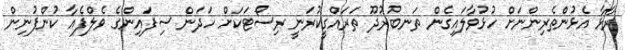
ރާޅާ އެޅުންތެރިންނަށް ހުޅުވާލައިގެން ތަނބުރުދޫ ތަރައްގީކުރަނީ ރިސޯޓަކަށް ހަދަން ސިފައިންގެ ވެލްފެއާ ކުންފުނިން